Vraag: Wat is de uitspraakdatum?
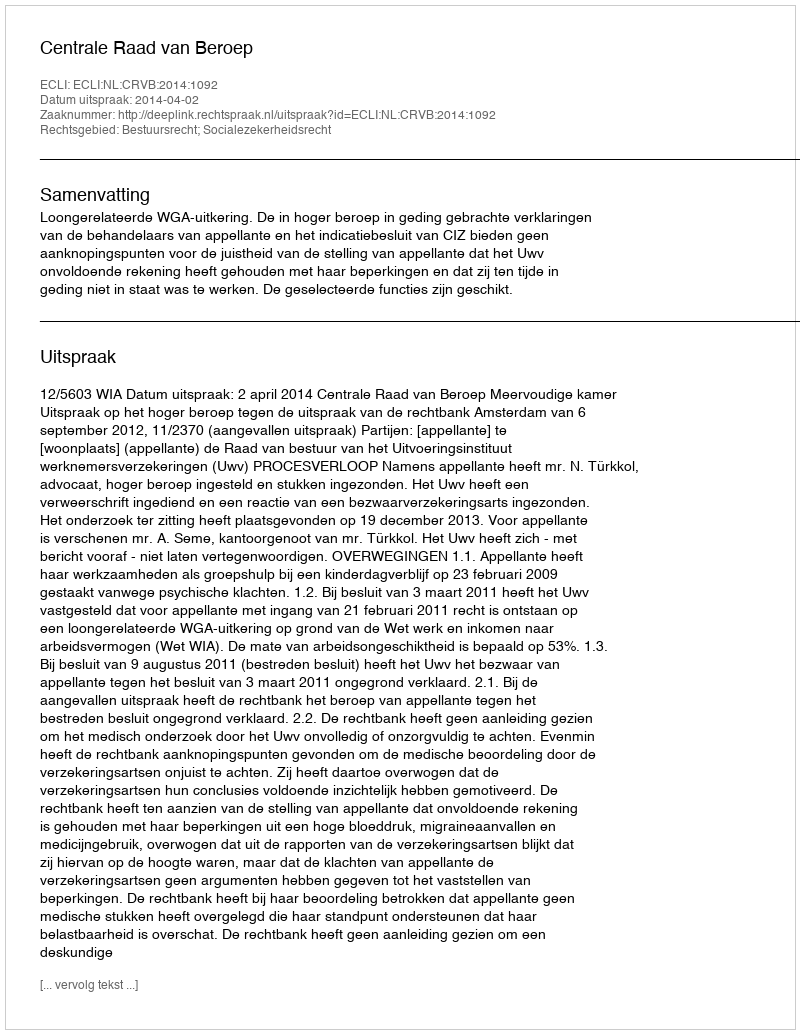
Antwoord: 2014-04-02